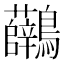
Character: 𪈟